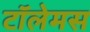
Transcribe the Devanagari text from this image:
टॉलेमस